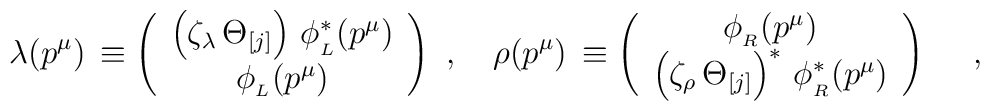
\lambda(p^\mu)\,\equiv\left(\begin{array}{c}\left(\zeta_\lambda\,\Theta_{[j]}\right)\,\phi^\ast_{_L}(p^\mu)\\\phi_{_L}(p^\mu)\\\end{array}\right)\,\,,\quad\rho(p^\mu)\,\equiv\left(\begin{array}{c}\phi_{_R}(p^\mu)\\\left(\zeta_\rho\,\Theta_{[j]}\right)^\ast\,\phi^\ast_{_R}(p^\mu)\end{array}\right)\,\,\quad,